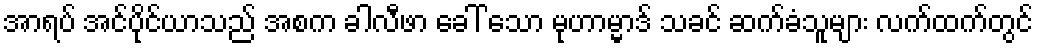
အာရပ် အင်ပိုင်ယာသည် အစက ခါလီဖာ ခေါ် သော မုဟာမ္မာဒ် သခင် ဆက်ခံသူများ လက်ထက်တွင်